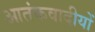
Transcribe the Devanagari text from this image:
आतंकवादीयों